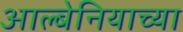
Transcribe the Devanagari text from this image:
आल्बेनियाच्या